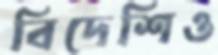
বিদেশিও